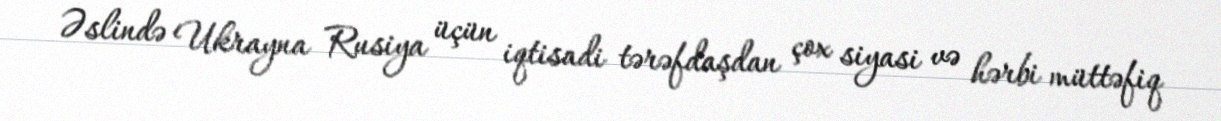
Əslində Ukrayna Rusiya üçün iqtisadi tərəfdaşdan çox siyasi və hərbi müttəfiq